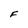
Character: F